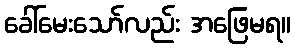
ခေါ်မေးသော်လည်း အဖြေမရ။